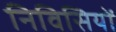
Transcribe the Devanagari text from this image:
निविसियों